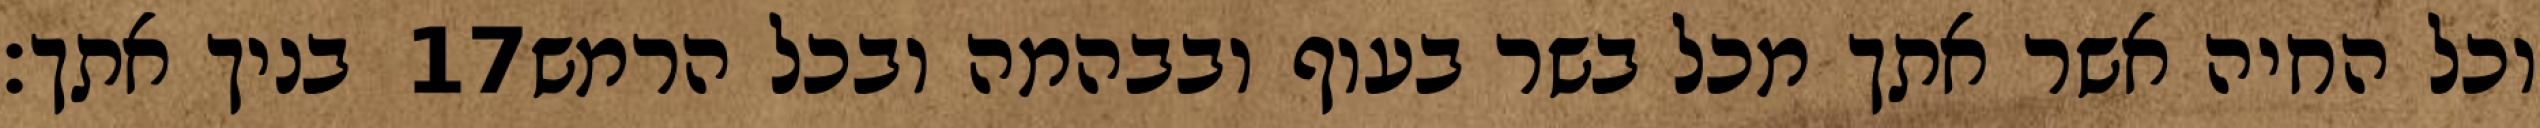
בניך אתך׃ ‎17‏ וכל החיה אשר אתך מכל בשר בעוף ובבהמה ובכל הרמש